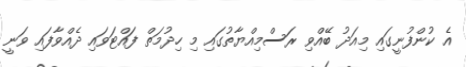
އެ ކުންފުނީގައި މިއަދު ބޭއްވި ރަސްމިއްޔާތުގައި މި ހިދުމަތް ފައްޓަވައި ދެއްވާފައި ވަނީ